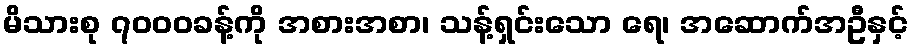
မိသားစု ၇၀၀၀ခန့်ကို အစားအစာ၊ သန့်ရှင်းသော ရေ၊ အဆောက်အဦနှင့်